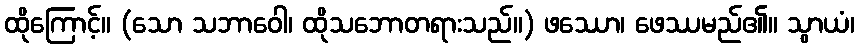
ထိုကြောင့်။ (သော သဘာဝေါ၊ ထိုသဘောတရားသည်။) ဖဿော၊ ဖေဿမည်၏။ သွာယံ၊